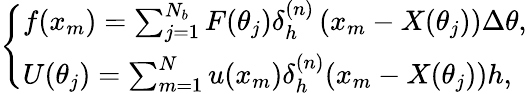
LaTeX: \left\{ \begin{array}{l}{f(x_{m})=\sum_{j=1}^{N_{b}}F(\theta_{j})\delta_{h}^{(n)}\left(x_{m}-X(\theta_{j})\right)\Delta\theta,}\\ {U(\theta_{j})=\sum_{m=1}^{N}u(x_{m})\delta_{h}^{(n)}(x_{m}-X(\theta_{j}))h,}\end{array}\right.